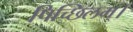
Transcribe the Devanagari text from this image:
पिच्छिलम्।